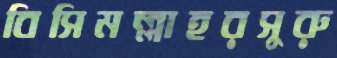
বিসিমল্লাহরসুরু